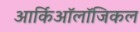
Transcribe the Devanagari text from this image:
आर्किऑलॉजिकल